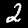
Digit: 2